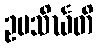
ဥပသိင်္ဃတိ